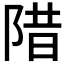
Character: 𱀗